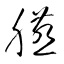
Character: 臙